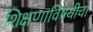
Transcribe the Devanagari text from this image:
शिक्षणाविषयीचा